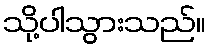
သို့ပါသွားသည်။